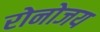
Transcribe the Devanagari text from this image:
रोनोजय